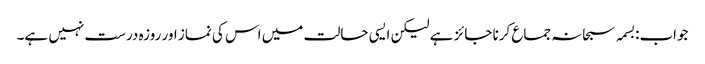
جواب:بسمہ سبحانہ جماع کرنا جائز ہے لیکن ایسی حالت میں اس کی نماز اور روزہ درست نہیں ہے۔